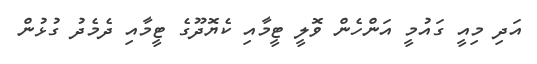
އަދި މިއީ ގައުމީ އަންހެން ވޮލީ ޓީމާއި ކެޔޮދޫގެ ޓީމާއި ދެމެދު ގުޅުން